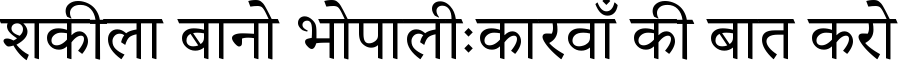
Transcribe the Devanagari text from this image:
शकीला बानो भोपालीःकारवाँ की बात करो